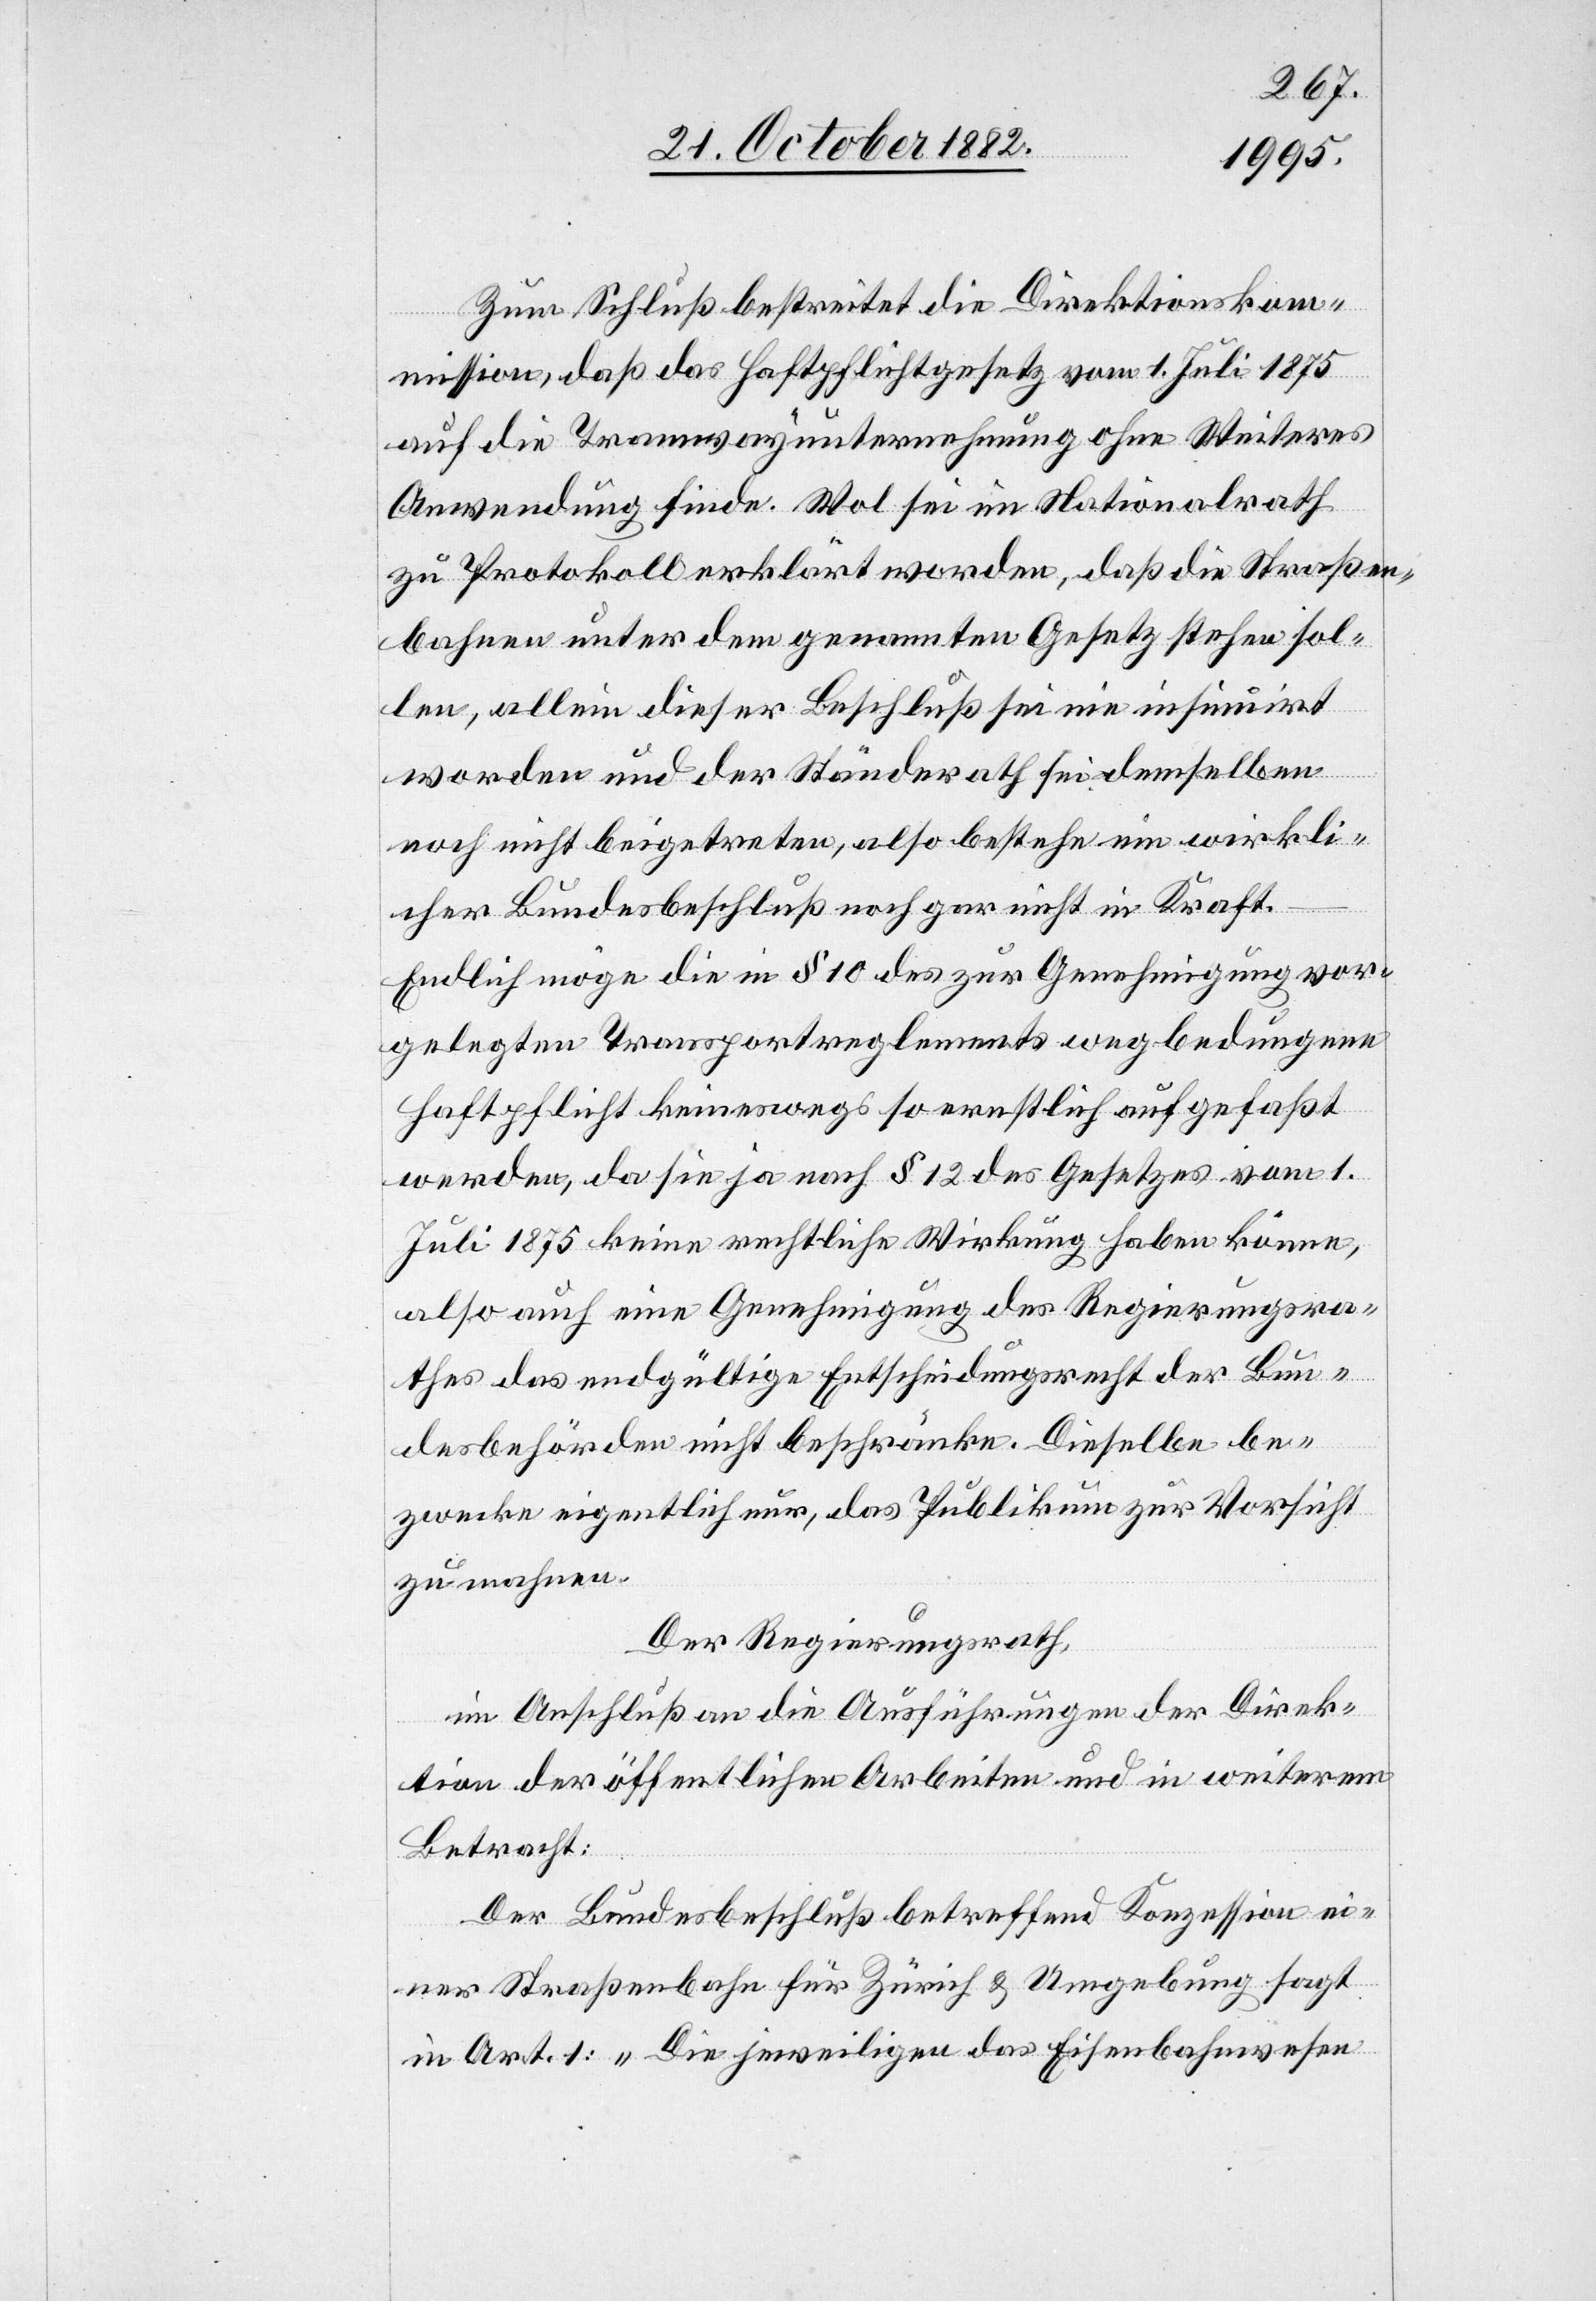
Zum Schluß bestreitet die Direktionsko¬
mmission, daß das Haftpflichtgesetz vom 1. Juli 1875
auf die Tramwayunternehmung ohne Weiteres
Anwendung finde. Wol sei im Nationalrath
zu Protokoll erklärt worden, daß die Straßen¬
bahnen unter dem genannten Gesetz stehen sol¬
len, allein dieser Beschluß sei nie insinuirt
worden und der Ständerath sei demselben
noch nicht beigetreten, also bestehe ein wirkli¬
cher Bundesbeschluß noch gar nicht in Kraft.
Endlich möge die in § 10 des zur Genehmigung vor¬
gelegten Transportreglements wegbedungene
Haftpflicht keineswegs so ernstlich aufgefaßt
werden, da sie ja nach § 12 des Gesetzes vom 1.
Juli 1875 keine rechtliche Wirkung haben könne,
also auch eine Genehmigung des Regierungsra¬
thes das endgültige Entscheidungsrecht der Bun¬
desbehörden nicht beschränke. Dieselbe be¬
zwecke eigentlich nur, das Publikum zur Vorsicht
zu mahnen.
Der Regierungsrath,
im Anschluß an die Ausführungen der Direk¬
tion der öffentlichen Arbeiten und in weiterem
Betracht:
Der Bundesbeschluß betreffend Konzession ei¬
ner Straßenbahn für Zürich & Umgebung sagt
in Art. 1: „Die jeweiligen das Eisenbahnwesen